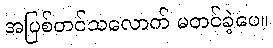
အပြစ်တင်သလောက် မတင်ခဲ့ပေ။